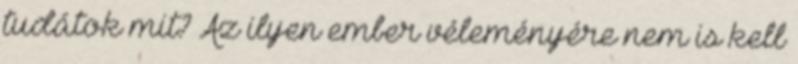
tudátok mit? Az ilyen ember véleményére nem is kell